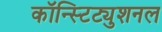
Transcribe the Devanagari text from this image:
कॉन्स्टिट्युशनल